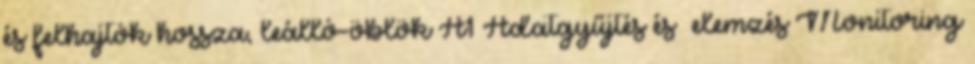
és felhajtók hossza, leálló-öblök A1 Adatgyűjtés és –elemzés Monitoring